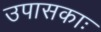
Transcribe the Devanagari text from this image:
उपासकाः